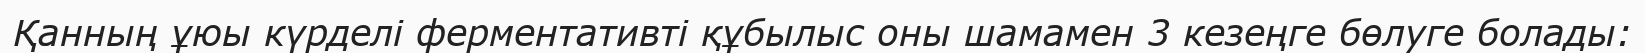
Қанның ұюы күрделі ферментативті құбылыс оны шамамен 3 кезеңге бөлуге болады: